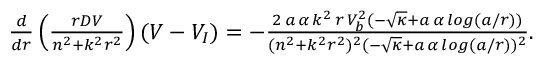
\begin{array} { r } { \frac { d } { d r } \left( \frac { r D V } { n ^ { 2 } + k ^ { 2 } r ^ { 2 } } \right) ( V - V _ { I } ) = - \frac { 2 \, a \, \alpha \, k ^ { 2 } \, r \, V _ { b } ^ { 2 } ( - \sqrt { \kappa } + a \, \alpha \, l o g ( a / r ) ) } { ( n ^ { 2 } + k ^ { 2 } r ^ { 2 } ) ^ { 2 } ( - \sqrt { \kappa } + a \, \alpha \, l o g ( a / r ) ) ^ { 2 } } . } \end{array}